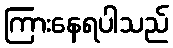
ကြားနေရပါသည်